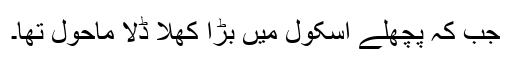
جب کہ پچھلے اسکول میں بڑا کھلا ڈلا ماحول تھا۔